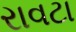
રાવટા